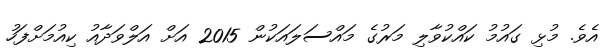
އެވެ. މުޅި ގައުމު ކައްކުވާލި މަރުގެ މައްސަލައަކުން 2015 އަށް އަލްވަދާއު ކިއުމަށްފަހު